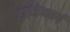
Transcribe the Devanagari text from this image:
हाइंडेनबर्ग